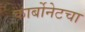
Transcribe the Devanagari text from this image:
कार्बोनेटचा